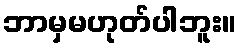
ဘာမှမဟုတ်ပါဘူး။